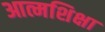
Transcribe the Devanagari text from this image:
आत्मशिक्षा